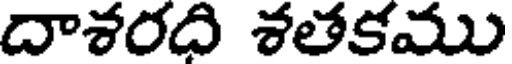
దాశరది శతకము